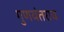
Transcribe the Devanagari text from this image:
गुणवंतराव